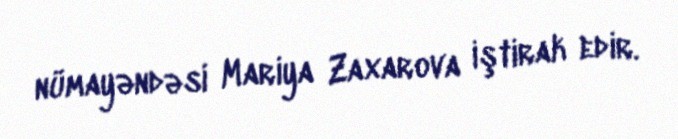
nümayəndəsi Mariya Zaxarova iştirak edir.